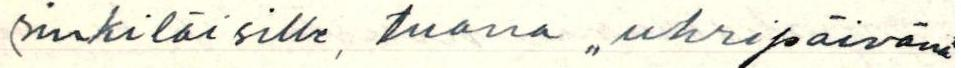
sinkiläisille, tuona ,,uhripäivänä